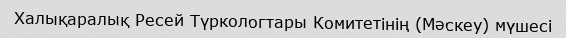
Халықаралық Ресей Түркологтары Комитетінің (Мәскеу) мүшесі